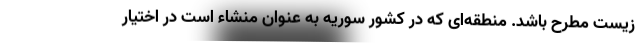
زیست مطرح باشد. منطقه‌ای که در کشور سوریه به عنوان منشاء است در اختیار